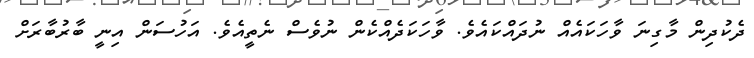
ދެކުދިން މާގިނަ ވާހަކައެއް ނުދައްކައެވެ. ވާހަކަދެއްކެން ނުވެސް ނެތީއެވެ. އަހުސަން އިނީ ބާރުބާރަށް